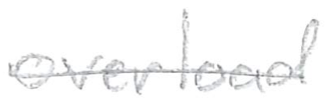
Text: overload
Cross-out: single-line
Writing tool: pencil